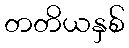
တတိယနှစ်